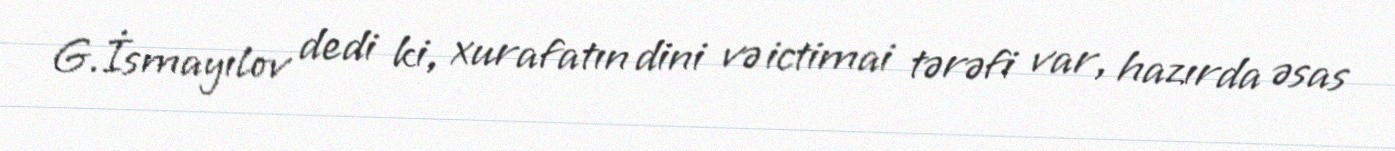
G.İsmayılov dedi ki, xurafatın dini və ictimai tərəfi var, hazırda əsas